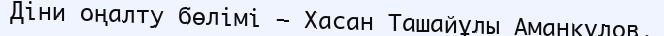
Діни оңалту бөлімі — Хасан Ташайұлы Аманқұлов.